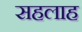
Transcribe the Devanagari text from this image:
सहलाह